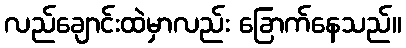
လည်ချောင်းထဲမှာလည်း ခြောက်နေသည်။